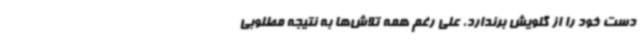
دست خود را از گلویش برندارد، علی رغم همه تلاش‌ها به نتیجه مطلوبی